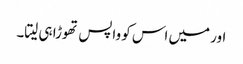
اور میں اس کو واپس تھوڑا ہی لیتا۔